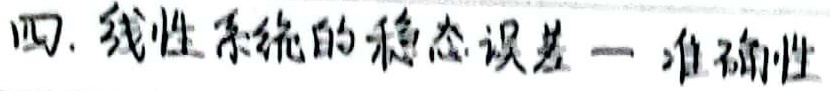
四. 线性系统的稳态误差 — 准确性